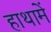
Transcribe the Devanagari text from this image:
हाथामें